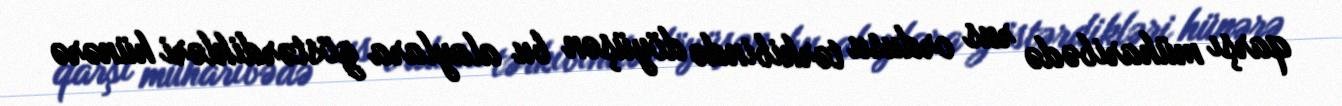
qarşı müharibədə rus ordusu tərkibində döyüşən bu alaylara göstərdikləri hünərə